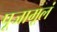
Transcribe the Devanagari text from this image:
पूजामूलं